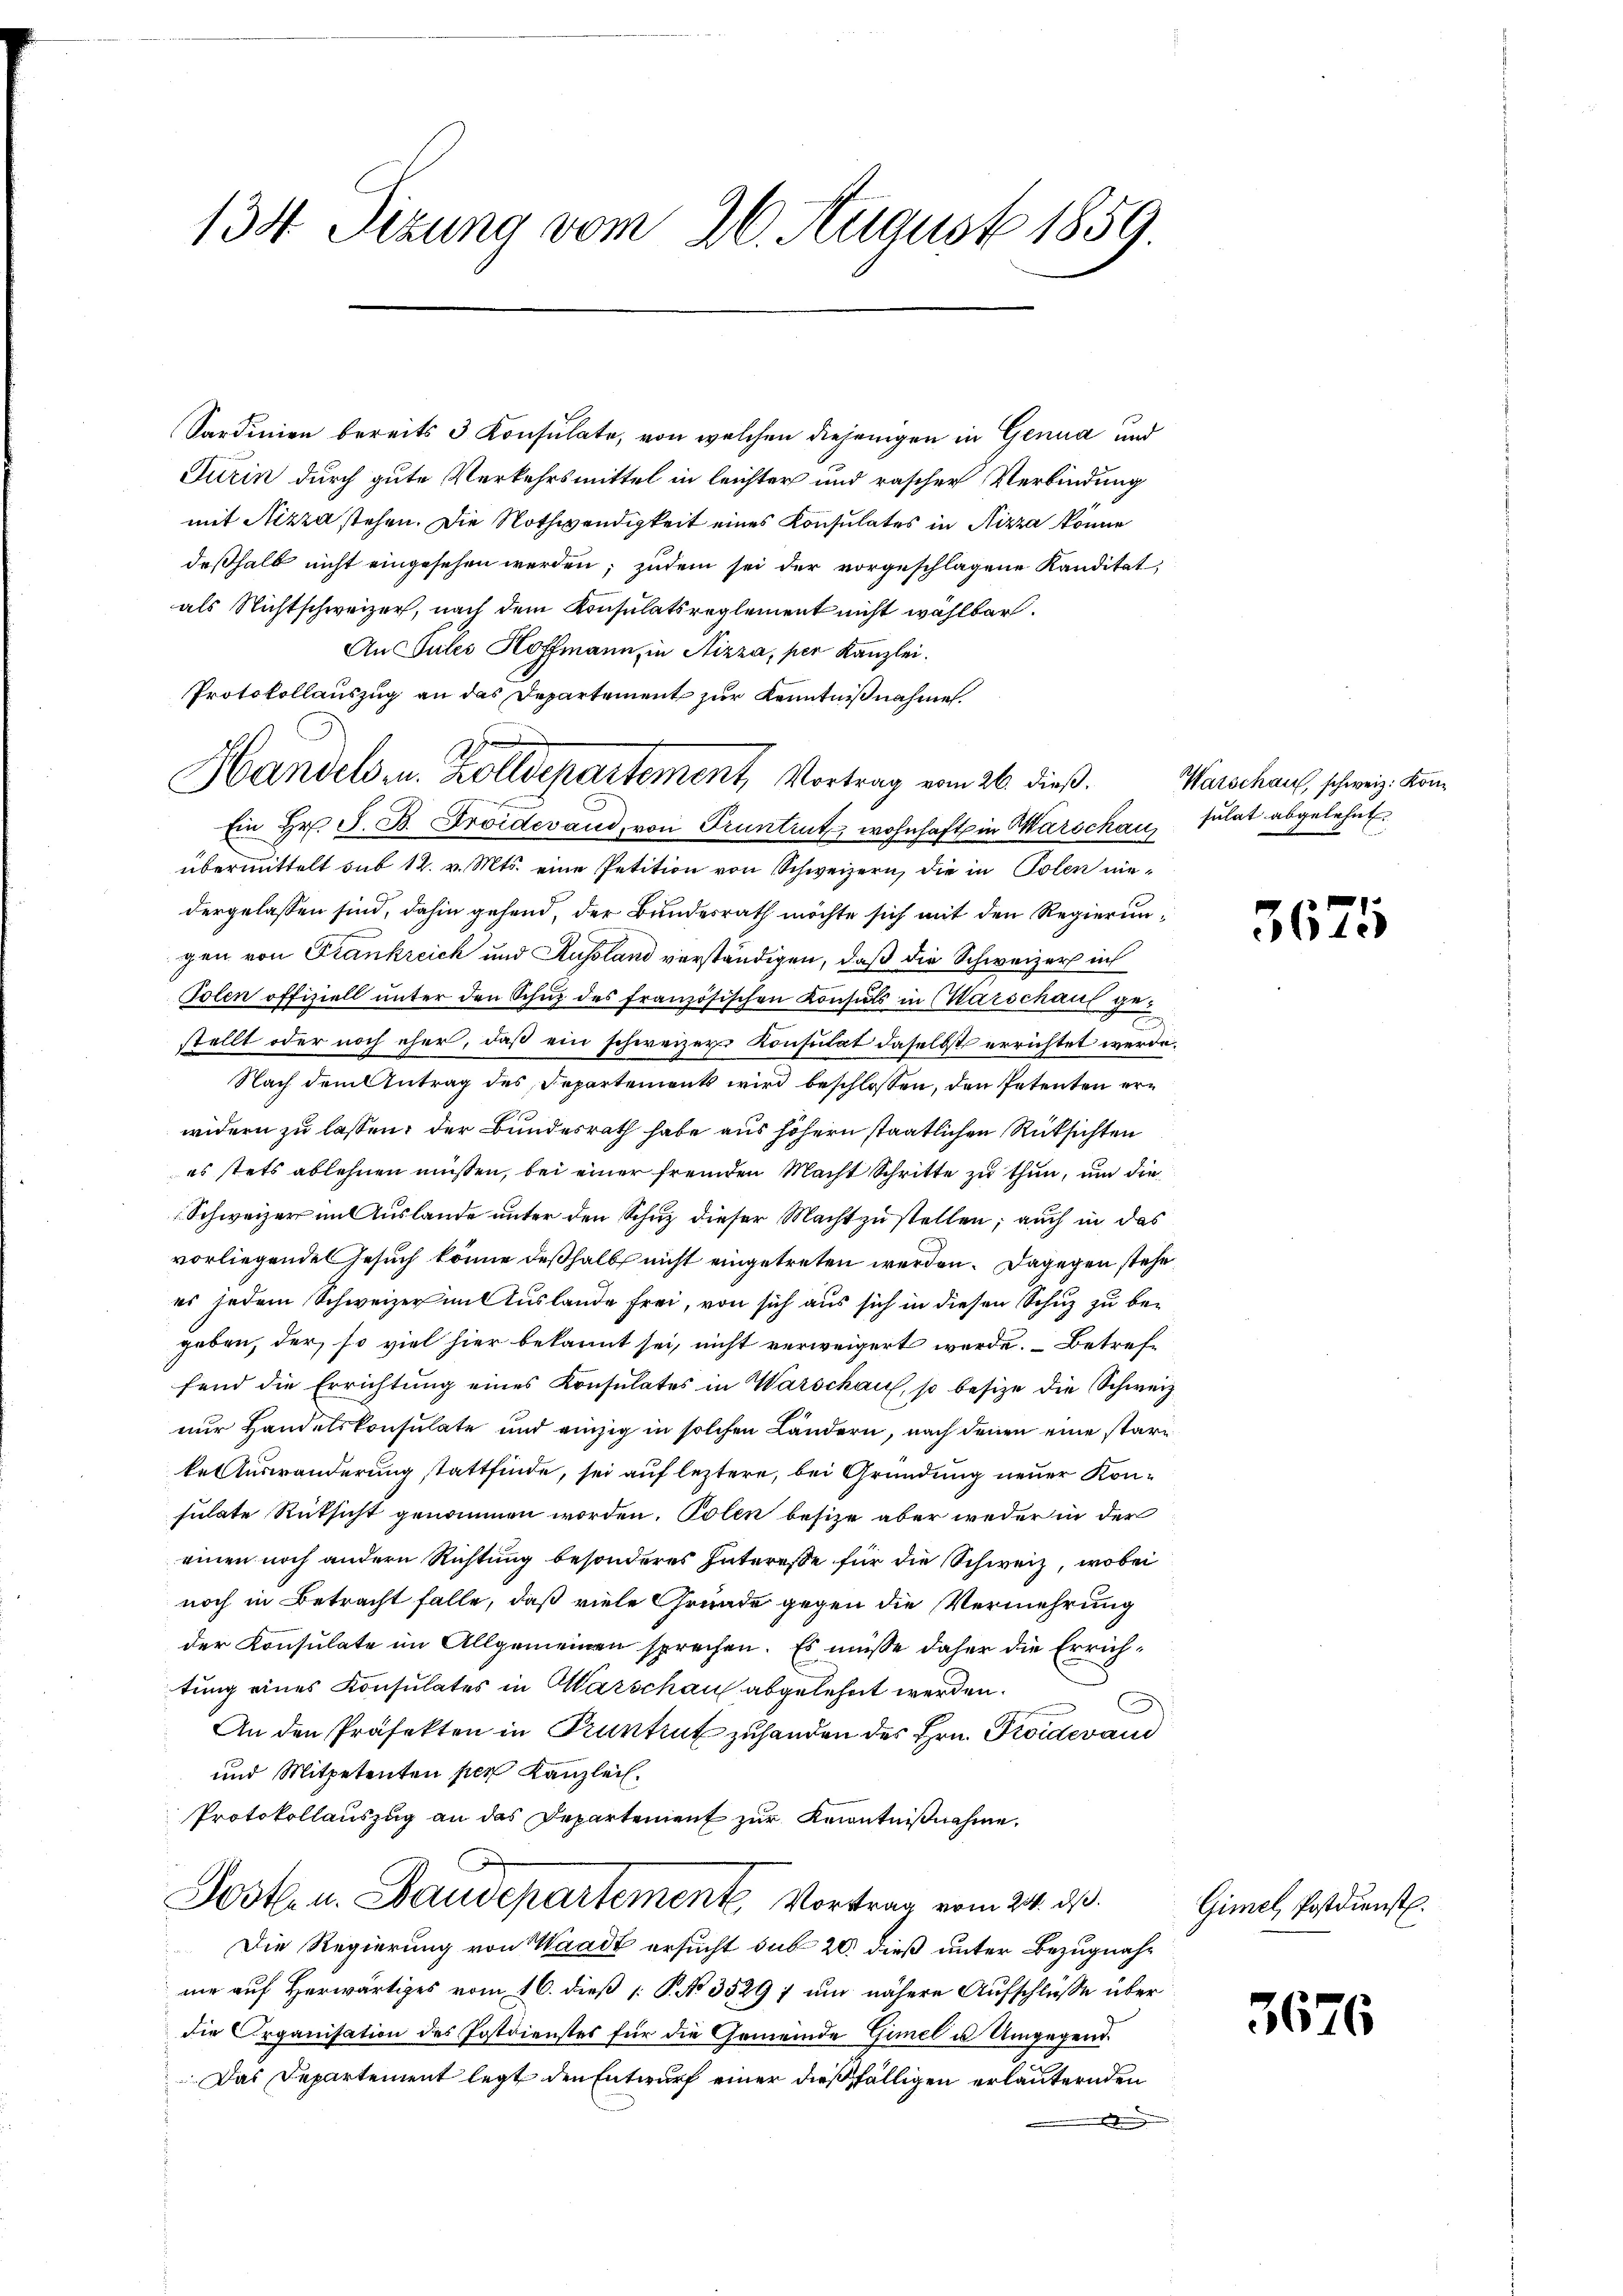
134 Sizung vom 26. August 1859

Sardinien bereits 3 Konsulate, von welchen diejenigen in Genua und
Turin durch gute Verkehrsmittel in leichter und rascher Verbindung
mit Nizza stehen. Die Nothwendigkeit eines Konsulates in Nizza könne
deßhalb nicht eingesehen werden; zudem sei der vorgeschlagene Kanditat
als Nichtschweizer, nach dem Konsulatsreglement nicht wählbar.
An Jules Hoffmann, in Nizza, per Kanzlei.
Protokollauszug an das Departement zur Kenntnißnahmen.
Ein Hr. S. B. Froidevand, von Truntrut, wohnhaft in Marschausulat abgelehnt.
übermittelt sub 14. v. Mts. eine Petition von Schweizern, die in Polen niedergelassen sind, dahin gehend, der Bundesrath möchte sich mit den Regierungen von Frankreich und Russland verständigen, daß die Schweizer ich
Polen offiziell unter den Schuz des französischen Konsuls in Warschaus gestellt oder noch eher, daß ein schweizer Konsulat daselbst errichtet werde.
Nach dem Antrag des Departements wird beschlossen, den Petenten erwidern zu lassen, der Bundesrath habe aus höhern staatlichen Rüksichten
es stets ablehnen müssen, bei einer fremden Macht Schritte zu thun, um die
Schweizer mit uslande unter den Schuz dieser Macht zustellen; auch in das
vorliegende Gesuch könne deßhalb nicht eingetreten werden. Dagegen stehe
es jedem Schweizer im Auslande frei, von sich aus sich in diesen Schuz zu begeben, der, so viel hier bekannt sei, nicht verweigert werde. Betreffend die Errichtung eines Konsulates in Warschau, so besize die Schweiz
nur Handelskonsulate und einzig in solchen Ländern, nach denen eine stare
kel Auswanderung stattfinde, sei auf leztere, bei Gründung neuer Konsulate Rüksicht genommen worden. Polen besize aber weder in der
einen noch andern Richtung besonderes Interesse für die Schweiz, wobei
noch in Betracht falle, daß viele Gründe gegen die Vermehrung
der Konsulate im Allgemeinen sprechen. Es müsse daher die Errichtung eines Konsulates in Marschau abgelehnt werden.
An den Präfekten in Pruntrut zuhanden des Hrn. Froidevand
und Mitpetenten per Kanzlei¬
Protokollauszug an das Departement zur Kenntnißnahme.
Post- u. Staudepartement, Vortrag vom 24. ds.
Die Regierung von Waadt ersucht sub 20. dieß unter Bezugnahnie auf Herwärtiges vom 16. dieß 1: P. No 3529 7 und nähere Aufschlüsse über
die Organisation des Postdienstes für die Gemeinde Gimel u Umgegend.
Das Departement legt den Entwurf einer dießfälligen erläuternden
.

Handels u. Zolldepartement, Vortrag vom 26. dieß.

Watschau, schweiz. Kon¬

367

Gimel, Postdienst.

3676